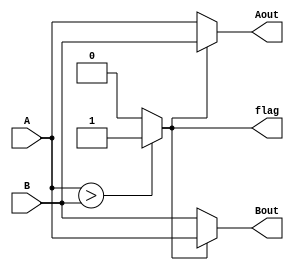
module SwitchBG(A,B,Aout,Bout,flag);
input [7:0] A,B;
output [7:0] Aout,Bout;
output flag;

assign flag= (A>B)?1'b1:1'b0;
assign Aout=(flag)?B:A;
assign Bout=(flag)?A:B;

endmodule